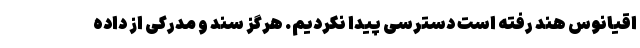
اقیانوس هند رفته است دسترسی پیدا نکردیم. هرگز سند و مدرکی از داده